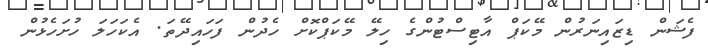
ފެޝަން ޑިޒައިނަރުން މޭކަޕް އާޓިސްޓުންގެ ހިލޭ މޭކަޕްކޮށް ހެދުން ފަހައިދޭތަ. އެކަހަލަ ހުށަހެޅުން